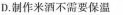
D.制作米酒不需要保温